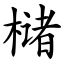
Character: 槠